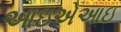
આઇએઆઇ